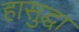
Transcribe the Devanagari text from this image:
हासुद्घा